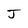
Character: J